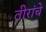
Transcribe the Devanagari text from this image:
तीरांचे